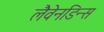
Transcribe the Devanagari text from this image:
लैवेनडिन्स